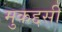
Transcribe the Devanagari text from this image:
मुकद्दसी